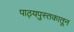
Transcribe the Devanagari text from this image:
पाठ्यपुस्तकातून